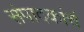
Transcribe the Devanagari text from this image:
संपादकांचं